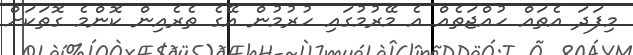
މިފަދަ އެތައް ހުއްޖަތެއް އެ މޭރުމުގައި ހުރުމުން އޭގެ ތެރެއިން ކޮންމެ ގޮތަކަށް